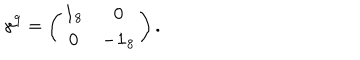
LaTeX: \gamma ^ { 9 } = \left( \begin{array} { c c } { { { \bf 1 } _ { 8 } } } & { { 0 } } \\ { { 0 } } & { { - { \bf 1 } _ { 8 } } } \\ \end{array} \right) .